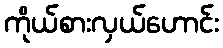
ကိုယ်စားလှယ်ဟောင်း